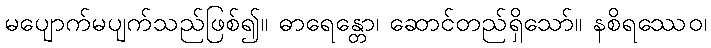
မပျောက်မပျက်သည်ဖြစ်၍။ ဓာရေန္တော၊ ဆောင်တည်ရှိသော်။ နစိရဿေဝ၊